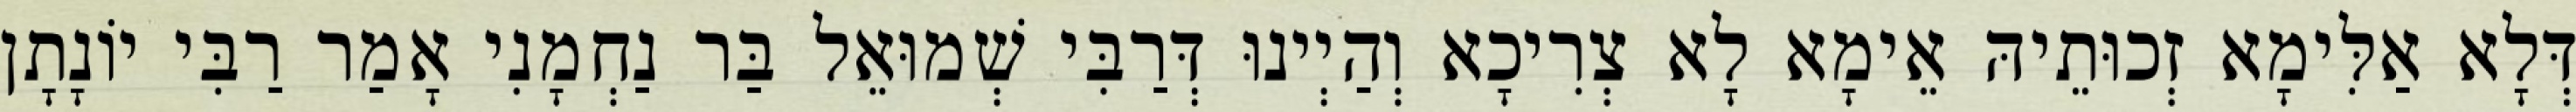
דְּלָא אַלִּימָא זְכוּתֵיהּ אֵימָא לָא צְרִיכָא וְהַיְינוּ דְּרַבִּי שְׁמוּאֵל בַּר נַחְמָנִי אָמַר רַבִּי יוֹנָתָן